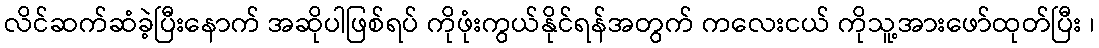
လိင်ဆက်ဆံခဲ့ပြီးနောက် အဆိုပါဖြစ်ရပ် ကိုဖုံးကွယ်နိုင်ရန်အတွက် ကလေးငယ် ကိုသူ့အားဖော်ထုတ်ပြီး ၊